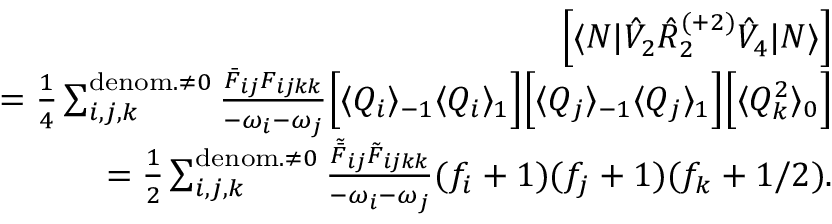
\begin{array} { r l r } & { } & { \left[ \langle N | \hat { V } _ { 2 } \hat { R } _ { 2 } ^ { ( + 2 ) } \hat { V } _ { 4 } | N \rangle \right] } \\ & { } & { = \frac { 1 } { 4 } \sum _ { i , j , k } ^ { { \mathrm { d e n o m . } \neq 0 } } \frac { \bar { F } _ { i j } { F } _ { i j k k } } { - \omega _ { i } - \omega _ { j } } \Big [ \langle Q _ { i } \rangle _ { - 1 } \langle Q _ { i } \rangle _ { 1 } \Big ] \Big [ \langle Q _ { j } \rangle _ { - 1 } \langle Q _ { j } \rangle _ { 1 } \Big ] \Big [ \langle Q _ { k } ^ { 2 } \rangle _ { 0 } \Big ] } \\ & { } & { = \frac { 1 } { 2 } \sum _ { i , j , k } ^ { { \mathrm { d e n o m . } \neq 0 } } \frac { \tilde { \bar { F } } _ { i j } \tilde { { F } } _ { i j k k } } { - \omega _ { i } - \omega _ { j } } ( f _ { i } + 1 ) ( f _ { j } + 1 ) ( f _ { k } + 1 / 2 ) . } \end{array}